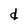
Character: d